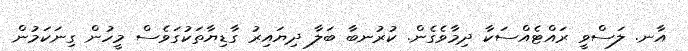
އާނ. ލަސްވީ ރައްޓެއްސަކާ ދިމާވެގެން. ކުރުނބާ ބަލާ ދިޔައިރު ގާޑިޔާތަކުގަވެސް މީހުން ގިނަކަމުން